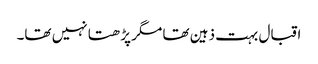
اقبال بہت ذہین تھا مگر پڑھتا نہیں تھا۔